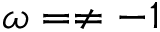
\omega = \ne - 1